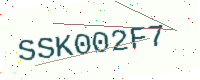
Text: SSK002F7